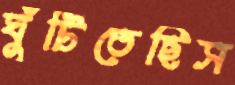
ঘুঁটিতেছিস